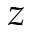
z